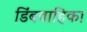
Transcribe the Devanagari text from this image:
डिंबवाहिका